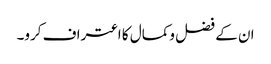
ان کے فضل وکمال کا اعتراف کرو۔